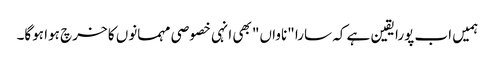
ہمیں اب پورا یقین ہے کہ سارا "ناواں" بھی انہی خصوصی مہمانوں کا خرچ ہوا ہوگا۔